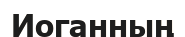
Иоганның